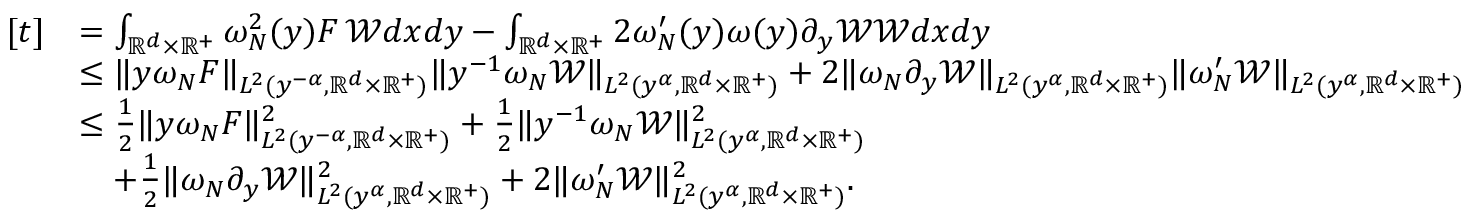
\begin{array} { r l } { [ t ] } & { = \int _ { \mathbb { R } ^ { d } \times \mathbb { R } ^ { + } } { \omega _ { N } ^ { 2 } ( y ) F \, \mathcal { W } d x d y } - \int _ { \mathbb { R } ^ { d } \times \mathbb { R } ^ { + } } { 2 \omega _ { N } ^ { \prime } ( y ) \omega ( y ) \partial _ { y } \mathcal { W } \mathcal { W } d x d y } } \\ & { \leq \| y \omega _ { N } F \| _ { L ^ { 2 } ( y ^ { - \alpha } , \mathbb { R } ^ { d } \times \mathbb { R } ^ { + } ) } \| y ^ { - 1 } \omega _ { N } \mathcal { W } \| _ { L ^ { 2 } ( y ^ { \alpha } , \mathbb { R } ^ { d } \times \mathbb { R } ^ { + } ) } + 2 \| \omega _ { N } \partial _ { y } \mathcal { W } \| _ { L ^ { 2 } ( y ^ { \alpha } , \mathbb { R } ^ { d } \times \mathbb { R } ^ { + } ) } \| \omega _ { N } ^ { \prime } \mathcal { W } \| _ { L ^ { 2 } ( y ^ { \alpha } , \mathbb { R } ^ { d } \times \mathbb { R } ^ { + } ) } } \\ & { \leq \frac { 1 } { 2 } \| y \omega _ { N } F \| _ { L ^ { 2 } ( y ^ { - \alpha } , \mathbb { R } ^ { d } \times \mathbb { R } ^ { + } ) } ^ { 2 } + \frac { 1 } { 2 } \| y ^ { - 1 } \omega _ { N } \mathcal { W } \| _ { L ^ { 2 } ( y ^ { \alpha } , \mathbb { R } ^ { d } \times \mathbb { R } ^ { + } ) } ^ { 2 } } \\ & { \quad + \frac { 1 } { 2 } \| \omega _ { N } \partial _ { y } \mathcal { W } \| _ { L ^ { 2 } ( y ^ { \alpha } , \mathbb { R } ^ { d } \times \mathbb { R } ^ { + } ) } ^ { 2 } + 2 \| \omega _ { N } ^ { \prime } \mathcal { W } \| _ { L ^ { 2 } ( y ^ { \alpha } , \mathbb { R } ^ { d } \times \mathbb { R } ^ { + } ) } ^ { 2 } . } \end{array}